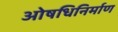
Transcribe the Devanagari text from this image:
ओषधिनिर्माण